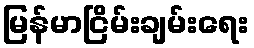
မြန်မာငြိမ်းချမ်းရေး